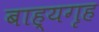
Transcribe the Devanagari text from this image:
बाह्यगृह